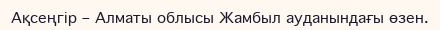
Ақсеңгір – Алматы облысы Жамбыл ауданындағы өзен.